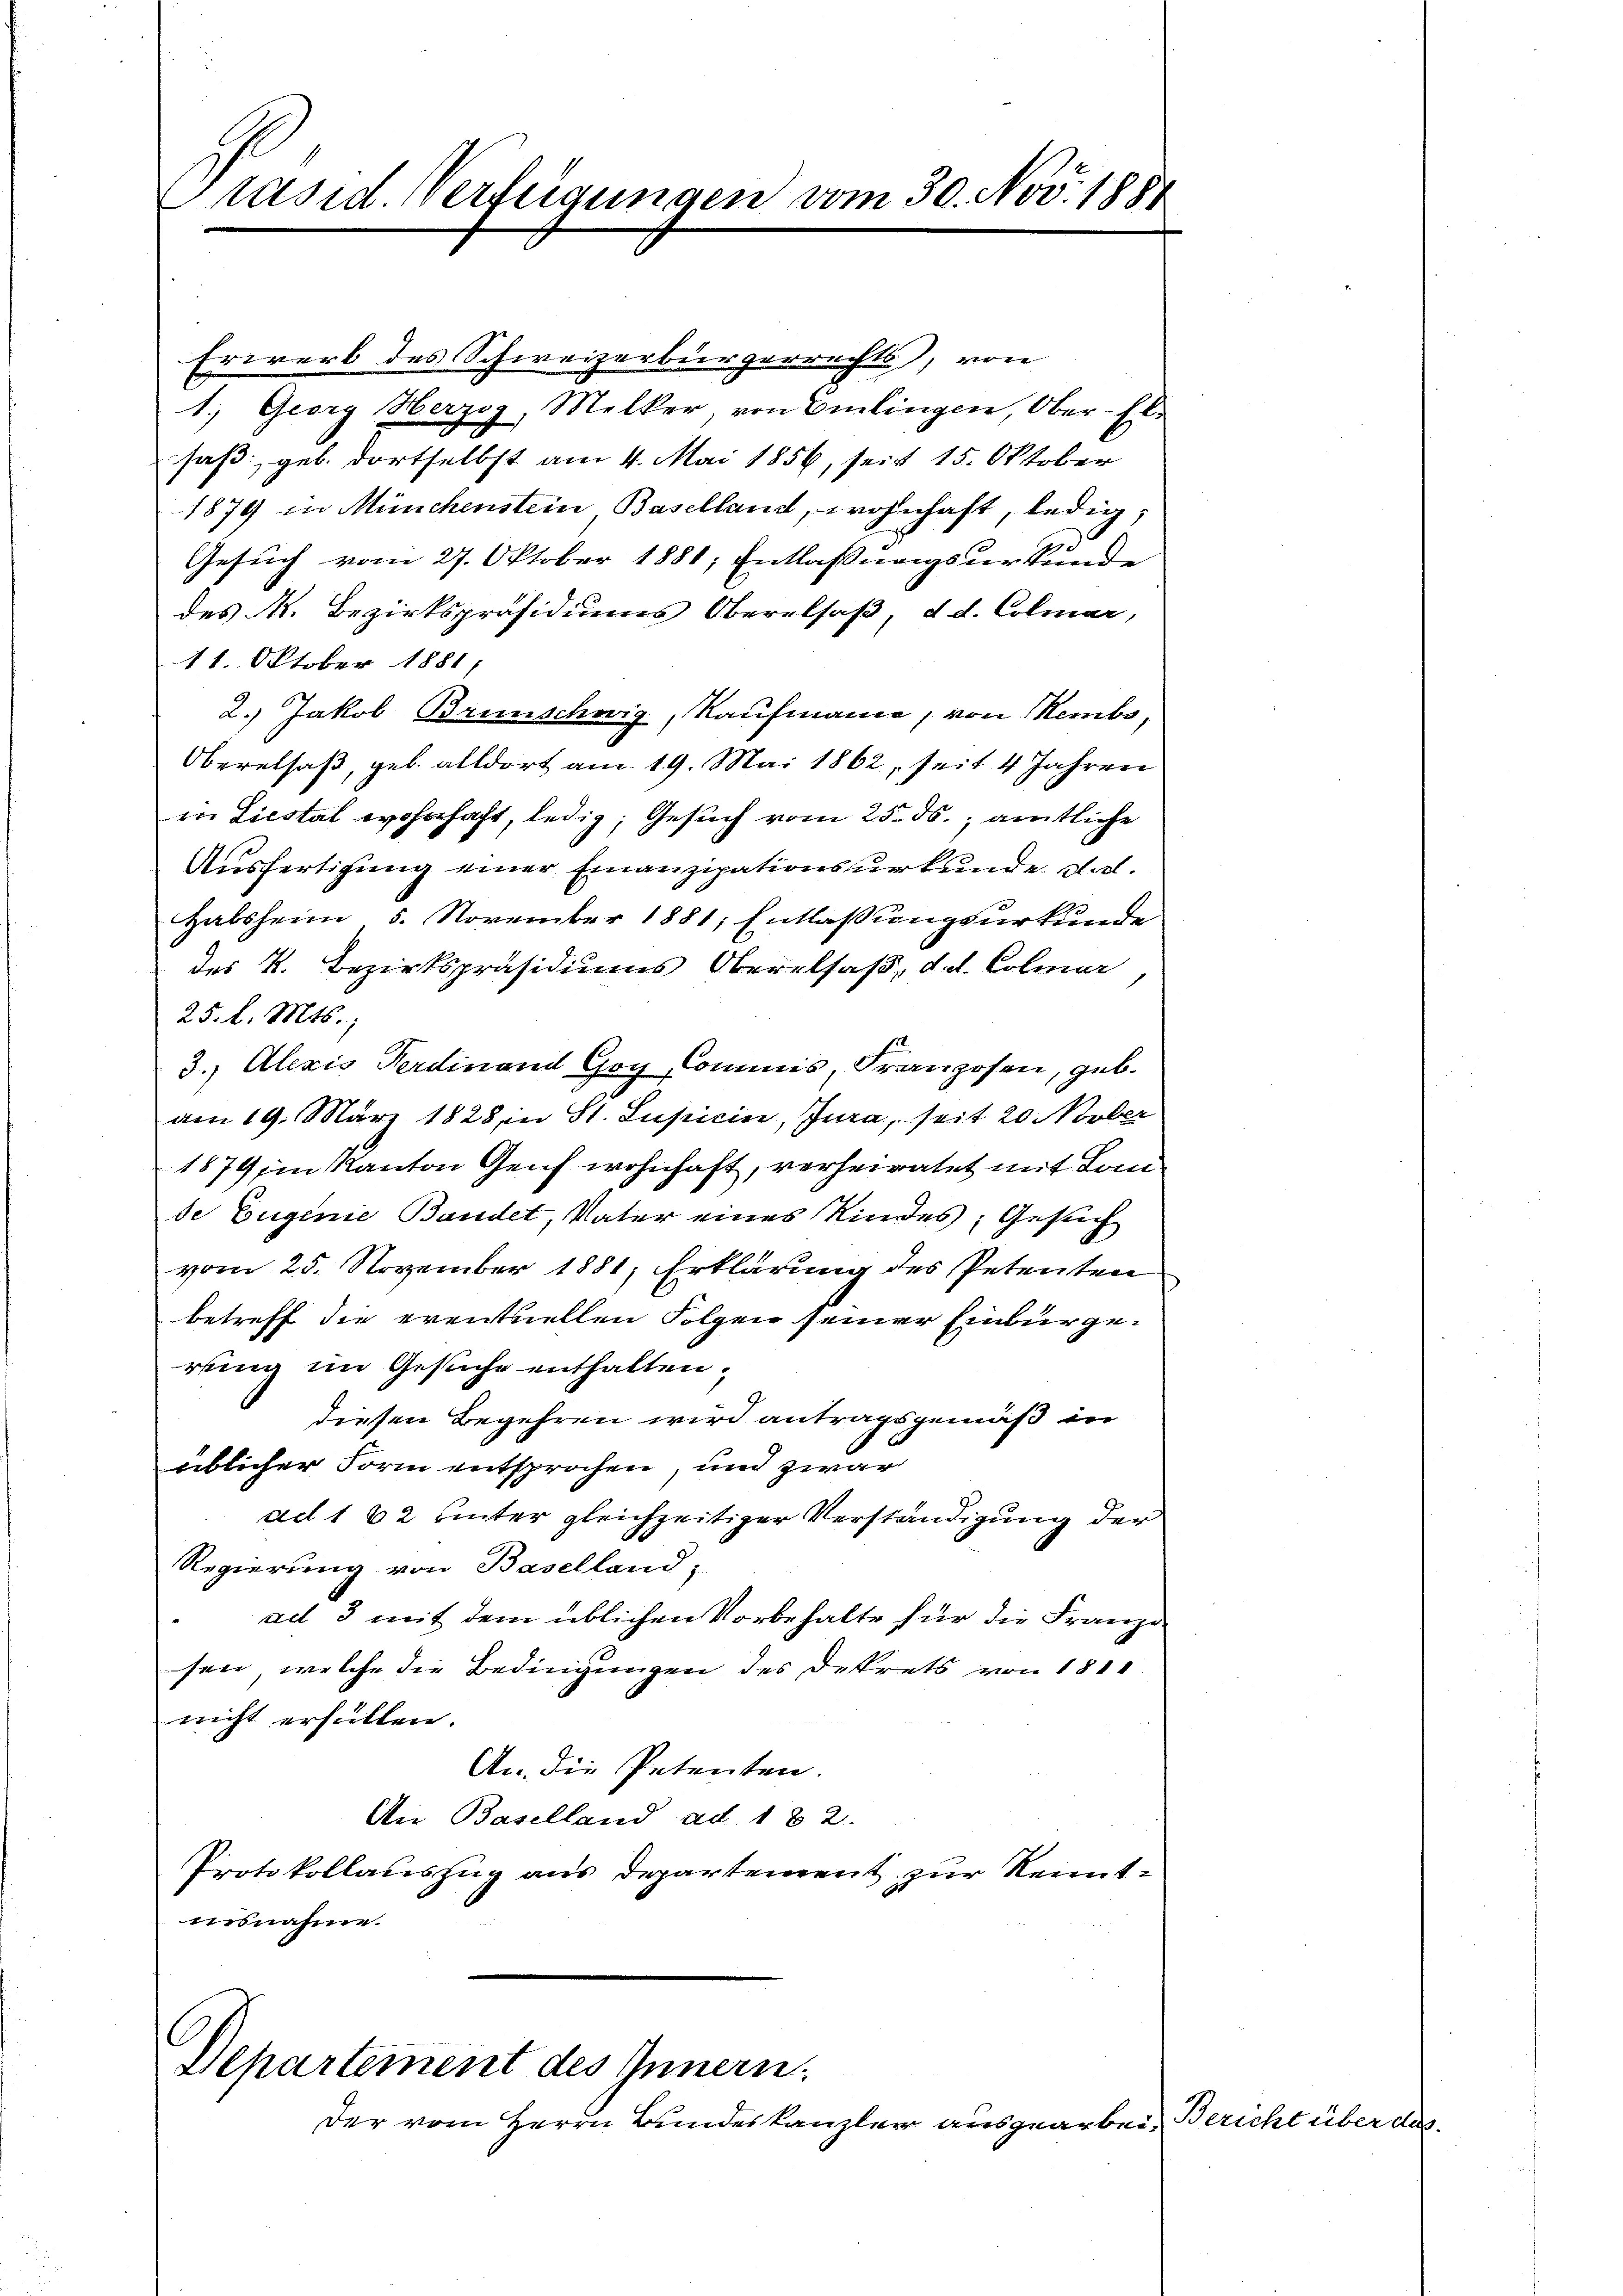
Präsid. Verfügungen vom 30. Nov. 1887

Departement des Innern.
Der vom Herrn Bundeskanzlei ausgearbei¬

Erwerb des Schweizerbürgerrechts, von
1. Georg Herzog, Melker, von Emlingen, Ober-El.
saß, geb. dortselbst am 4. Mai 1856, seit 15. Oktober
1879 in Münchenstein, Baselland, wohnhaft, ledig,
Gesuch vom 27. Oktober 1881, Entlaßungsurkunde
des N. Bezirkspräsidiums Oberalsaß, d. d. Colmar,
11. Oktober 1881/
2.) Jakob Brunschwig, Kaufmann, von Nemba¬
Oberalsaß, geb. alldort am 19. Mai 1862, seit 4 Jahren
in Liestal wohnhaft, ledig, Gesuch vom 25. ds., amtliche
Ausfertigung einer Finanzipationsurkunde dat.
Halsheim, 5. November 1881, Entlaßungsurkunde
des K. Bezirkspräsidiums Oberalsaß, d. d. Colmar
25. l. Mts.,
3.) Alexis Ferdinand Goy, Commis, Franzosen, geb.
am 19. März 1828, in St. Lupicin, Jura, seit 20 Novber
1879 in Kanton Genf wohnhaft, verheiratet mit Lande Eugenie Bandet, Vater eines Kindes, Gesuch
vom 25. November 1881; Erklärung des Petenten
betreff die eventuellen Folgen seiner Einburgerung im Gesuche enthalten.
diesen Begehren wird antragsgemäß in
üblicher Form entsprochen, und zwar
ad 1 62 hinter gleichzeitiger Verständigung der
Regierung von Baselland,
ad 3 mit dem üblichen Vorbehalte für die Franzi
sen, welche die Bedingungen des Dekrets von 181
nicht erfüllen.
An die Petenten.
An Baselland ad 182.
Protokollauszug aus Departement zur Reitnisnahme.

Bericht in